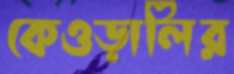
কেওড়ালির